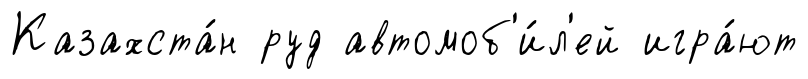
Казахста́н руд автомоб'и́л'ей игра́ют